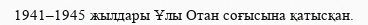
1941–1945 жылдары Ұлы Отан соғысына қатысқан.